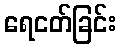
ရေငတ်ခြင်း